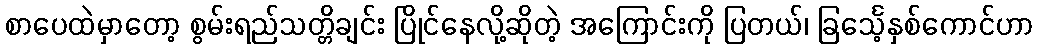
စာပေထဲမှာတော့ စွမ်းရည်သတ္တိချင်း ပြိုင်နေလို့ဆိုတဲ့ အကြောင်းကို ပြတယ်၊ ခြင်္သေ့နှစ်ကောင်ဟာ